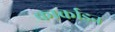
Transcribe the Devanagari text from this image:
कार्काडन